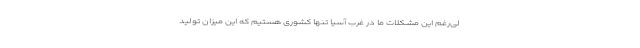
لی‌رغم این مشکلات ما در غرب آسیا تنها کشوری هستیم که این میزان تولید